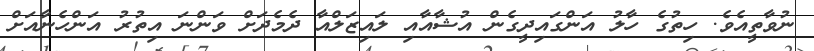
ނުވާތީއެވެ. ހިތުގެ ހާލު އަންގައިދީގެން އުޝާއާއި ލައިޒަލްއާ ދެމެދަށް ވަންނަ އިތުރު އަންހެނާއަށް